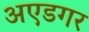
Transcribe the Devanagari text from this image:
अएडगर